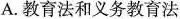
A.教育法和义务教育法